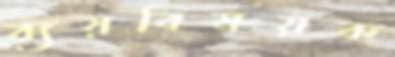
ব্যয়বিষয়ক